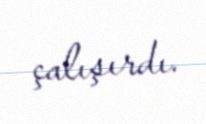
çalışırdı.